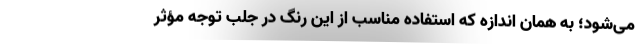
می‌شود؛ به همان اندازه که استفاده مناسب از این رنگ در جلب توجه مؤثر